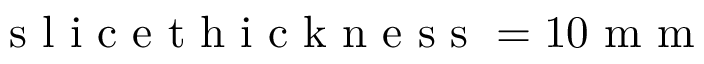
\mathrm { ~ s ~ l ~ i ~ c ~ e ~ t ~ h ~ i ~ c ~ k ~ n ~ e ~ s ~ s ~ } = 1 0 \mathrm { ~ m ~ m ~ }